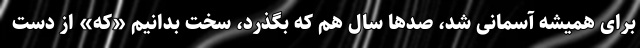
برای همیشه آسمانی شد، صدها سال هم که بگذرد، سخت بدانیم «که» از دست